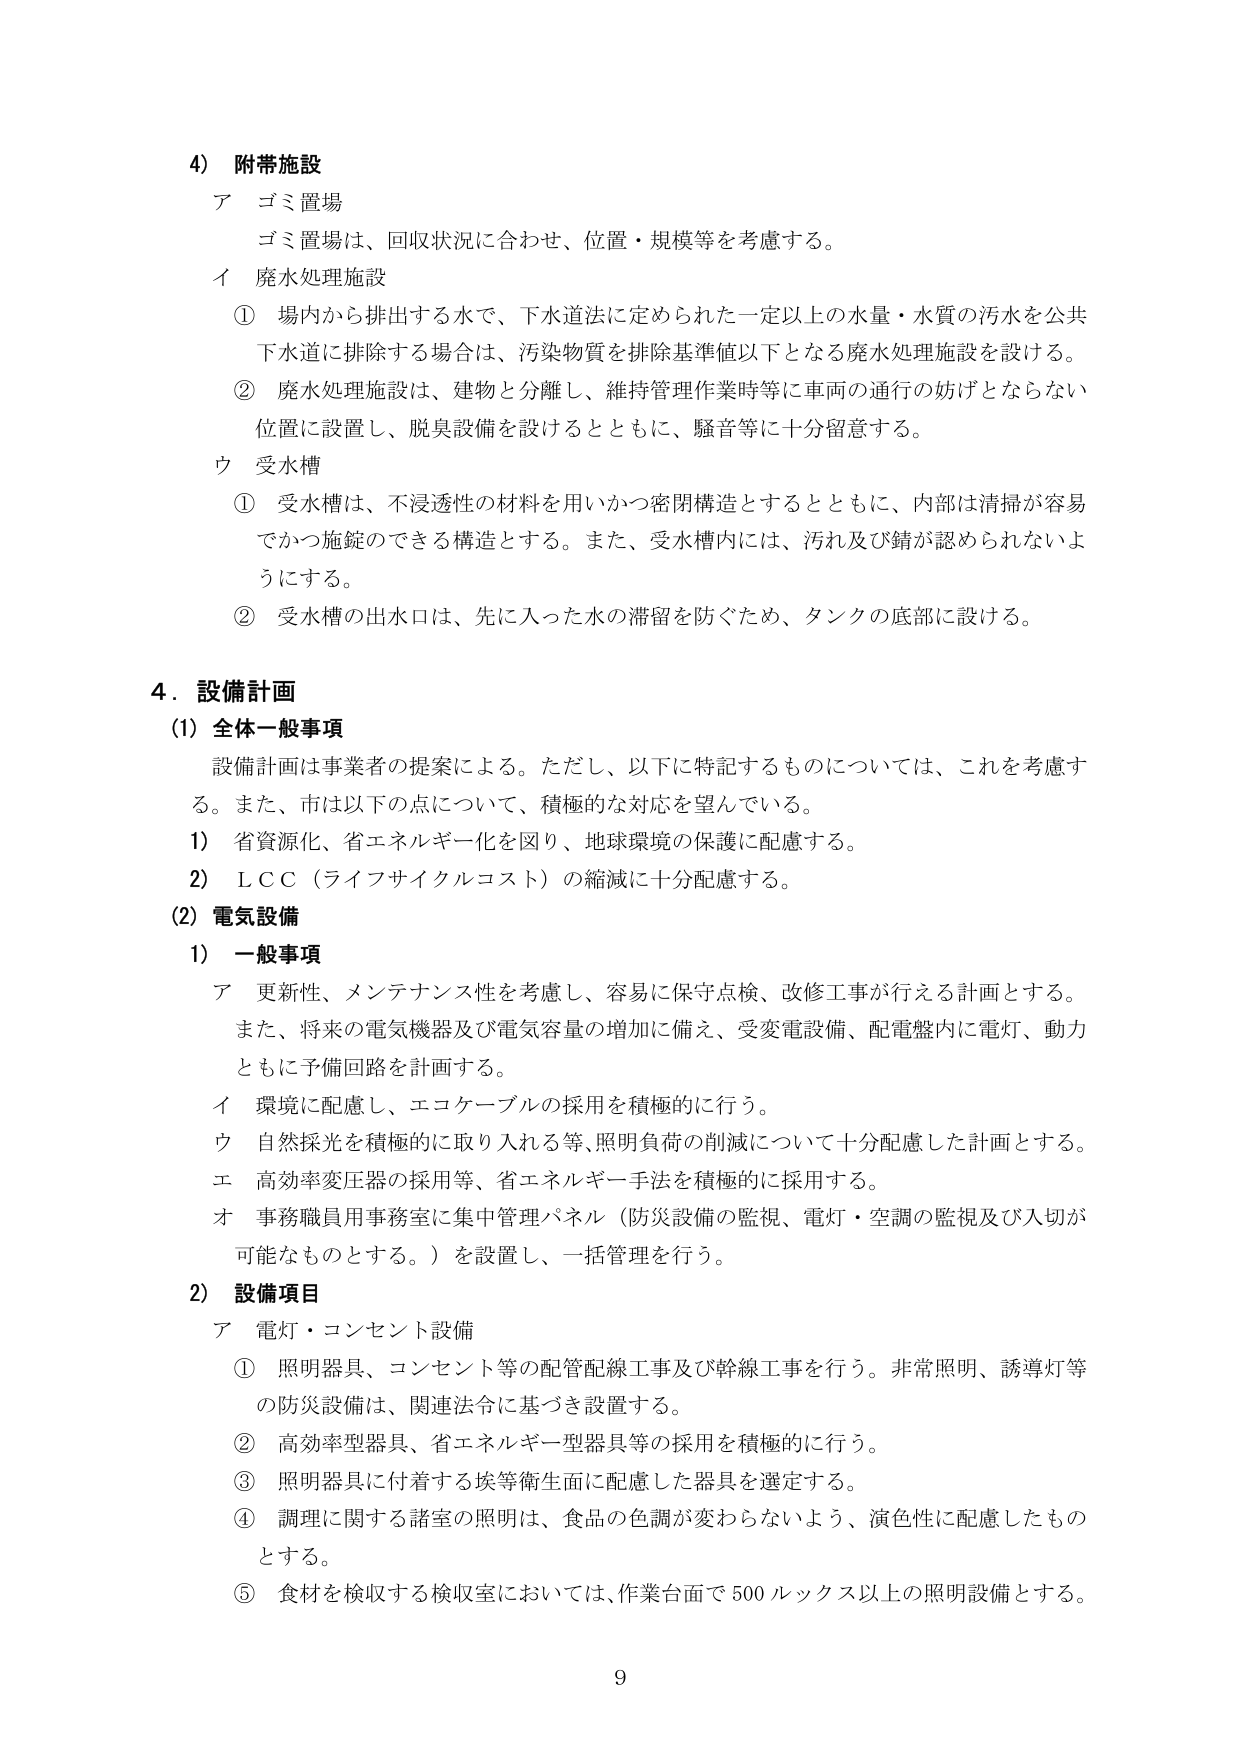
4) 附帯施設
ア ゴミ置場
　ゴミ置場は、回収状況に合わせ、位置・規模等を考慮する。
イ 廃水処理施設
　① 場内から排出する水で、下水道法に定められた一定以上の水量・水質の汚水を公共下水道に排除する場合は、汚染物質を排除基準値以下となる廃水処理施設を設ける。
　② 廃水処理施設は、建物と分離し、維持管理作業時等に車両の通行の妨げとならない位置に設置し、脱臭設備を設けるとともに、騒音等に十分留意する。
ウ 受水槽
　① 受水槽は、不浸透性の材料を用いかつ密閉構造とするとともに、内部は清掃が容易でかつ施錠のできる構造とする。また、受水槽内には、汚れ及び錆が認められないようにする。
　② 受水槽の出水口は、先に入った水の滞留を防ぐため、タンクの底部に設ける。

4. 設備計画
(1) 全体一般事項
　設備計画は事業者の提案による。ただし、以下に特記するものについては、これを考慮する。また、市は以下の点について、積極的な対応を望んでいる。
　1) 省資源化、省エネルギー化を図り、地球環境の保護に配慮する。
　2) LCC（ライフサイクルコスト）の縮減に十分配慮する。
(2) 電気設備
　1) 一般事項
　　ア 更新性、メンテナンス性を考慮し、容易に保守点検、改修工事が行える計画とする。また、将来の電気機器及び電気容量の増加に備え、受変電設備、配電盤内に電灯、動力ともに予備回路を計画する。
　　イ 環境に配慮し、エコケーブルの採用を積極的に行う。
　　ウ 自然採光を積極的に取り入れる等、照明負荷の削減について十分配慮した計画とする。
　　エ 高効率変圧器の採用等、省エネルギー手法を積極的に採用する。
　　オ 事務職員用事務室に集中管理パネル（防災設備の監視、電灯・空調の監視及び入切が可能なものとする。）を設置し、一括管理を行う。
　2) 設備項目
　　ア 電灯・コンセント設備
　　　① 照明器具、コンセント等の配管配線工事及び幹線工事を行う。非常照明、誘導灯等の防災設備は、関連法令に基づき設置する。
　　　② 高効率型器具、省エネルギー型器具等の採用を積極的に行う。
　　　③ 照明器具に付着する埃等衛生面に配慮した器具を選定する。
　　　④ 調理に関する諸室の照明は、食品の色調が変わらないよう、演色性に配慮したものとする。
　　　⑤ 食材を検収する検収室においては、作業台面で500ルクス以上の照明設備とする。

9